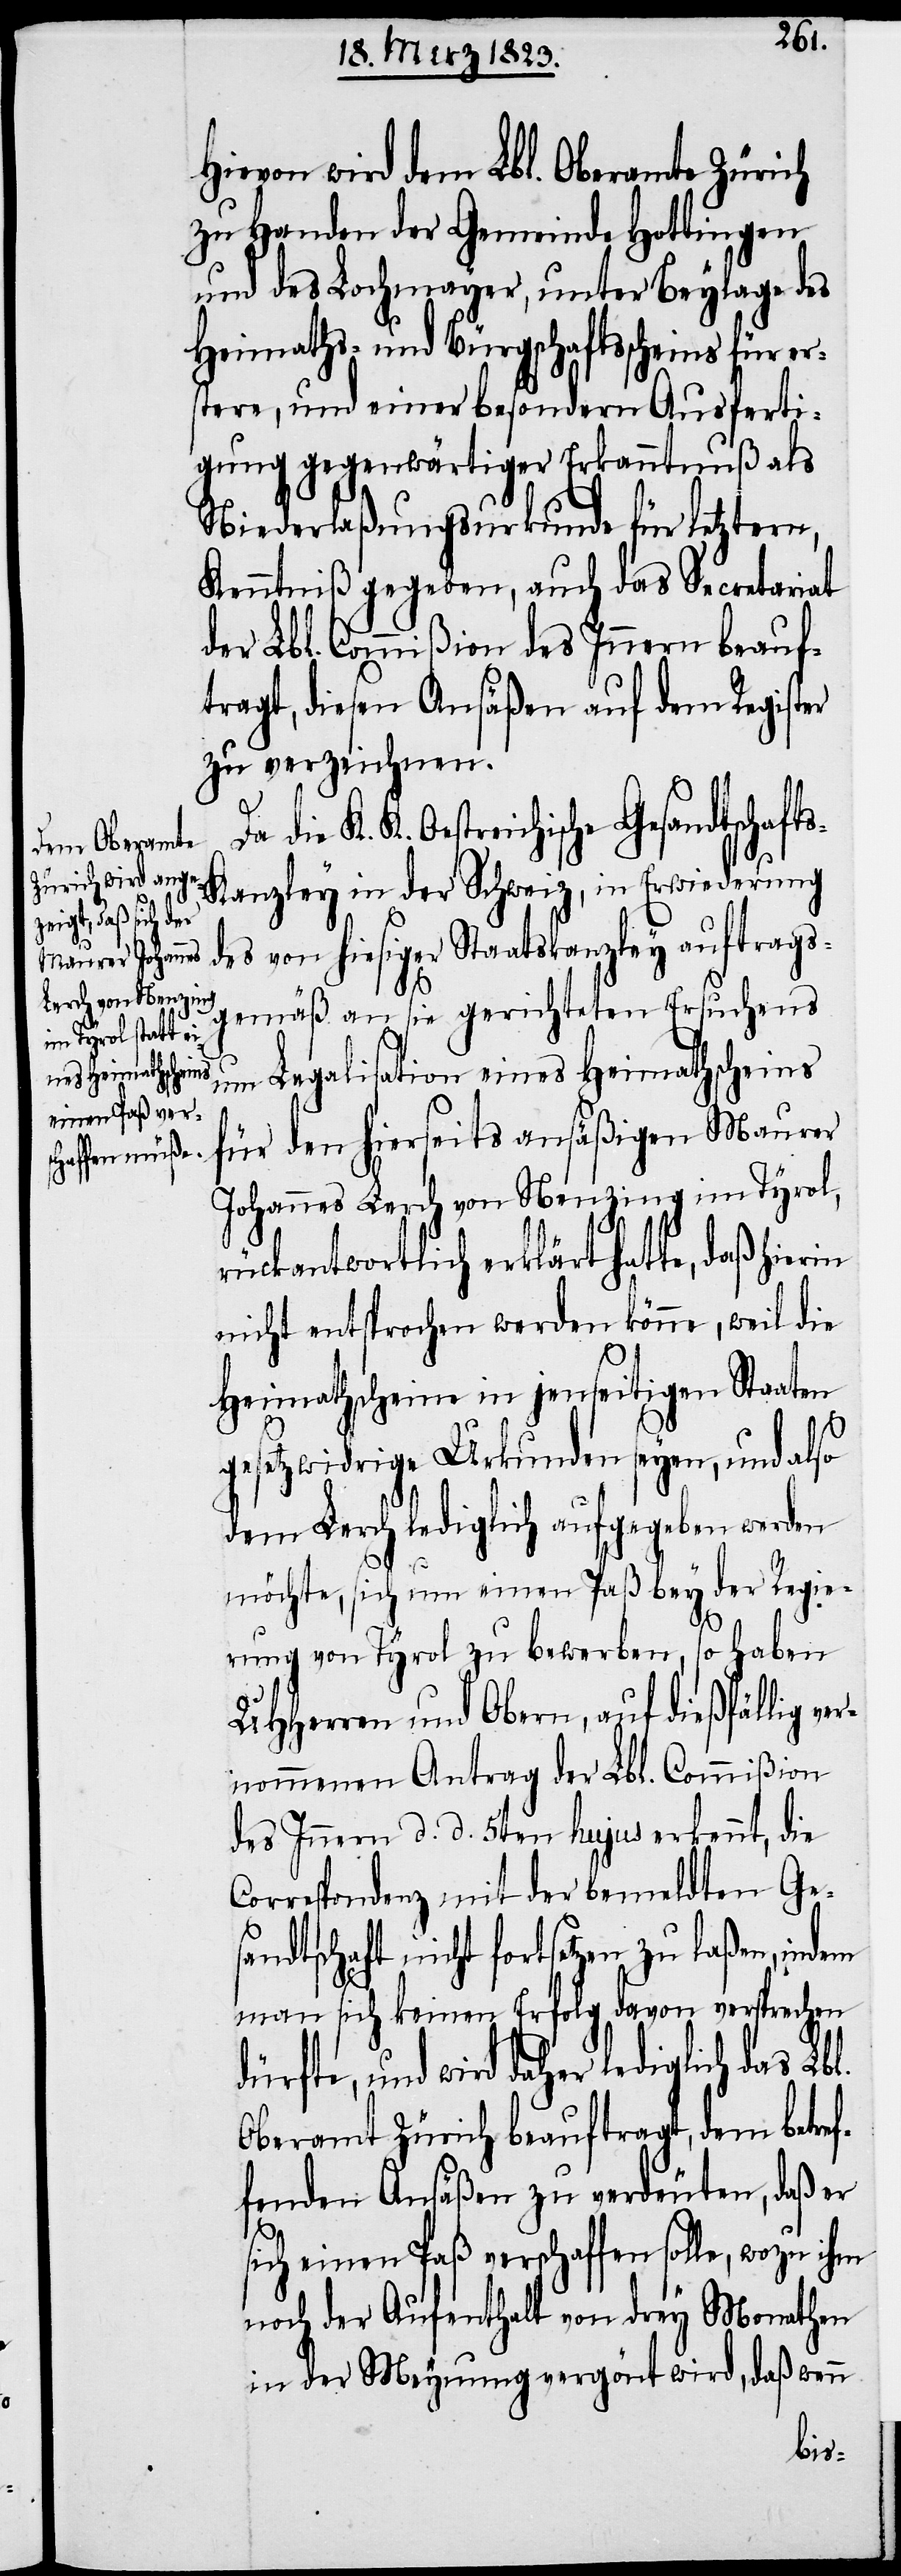
Hievon wird dem Lbl. Oberamte Zürich
zu Handen der Gemeinde Hottingen
und des Lochmayer, unter Beylage des
Heimaths- und Bürgschaftsscheins für er¬
stere, und einer besondern Ausferti¬
gung gegenwärtiger Erkanntnuß als
Niederlaßungsurkunde für letztern,
Kenntniß gegeben, auch das Secretariat
der Lbl. Commißion des Innern beauf¬
tragt, diesen Ansäßen auf dem Register
zu verzeichnen.
K. K. Oestreichische Gesandtschaft¬
s-Kanzley in der Schweiz, in Erwiederung
des von hiesiger Staatskanzley auftrags¬
gemäß an sie gerichteten Ersuchens
um Legalisation eines Heimathscheins
für den hierseits ansäßigen Maurer
Johannes Lerch von Nenzing im Tyrol,
rückantwortlich erklärt hatte, daß hierin
nicht entsprochen werden könne, weil die
Heimathscheine in jenseitigen Staaten
gesetzwidrige Urkunden seyen, und also
dem Lerch lediglich aufgegeben werden
möchte, sich um einen Paß bey der Regie¬
rung von Tyrol zu bewerben, so haben
UHHerren und Obern, auf dießfällig ver¬
nommenen Antrag der Lbl. Commißion
des Innern d. d. 5ten hujus erkennt, die
Correspondenz mit der bemeldten Ge¬
sandtschaft nicht fortsetzen zu laßen, indem
man sich keinen Erfolg davon versprechen
dürfte, und wird daher lediglich das
Oberamt Zürich beauftragt, dem betref¬
fenden Ansäßen zu verdeuten, daß er
sich einen Paß verschaffen solle, wozu ihm
noch der Aufenthalt von drey Monathen
in der Meynung vergön[n]t wird, daß wenn